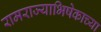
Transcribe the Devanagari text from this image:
रामराज्याभिषेकाच्या